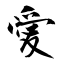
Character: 愛